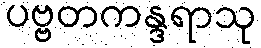
ပဗ္ဗတကန္ဒရာသု